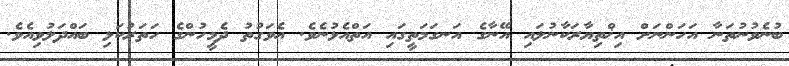
ބުނެވުނުތަނާ އަހަންނަށް އިޚްތިޔާރަކާނުލައި އޭނާގެ އަނގަމަތީގައި އަތްއެޅުނެވެ. އެވަގުތު ދެމީހުންގެ ހަތަރުކަޅި ބައްދަލުވިއެވެ.